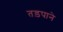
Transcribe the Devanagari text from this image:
तड़पाने